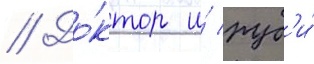
// До́ктор и́ руб'и́